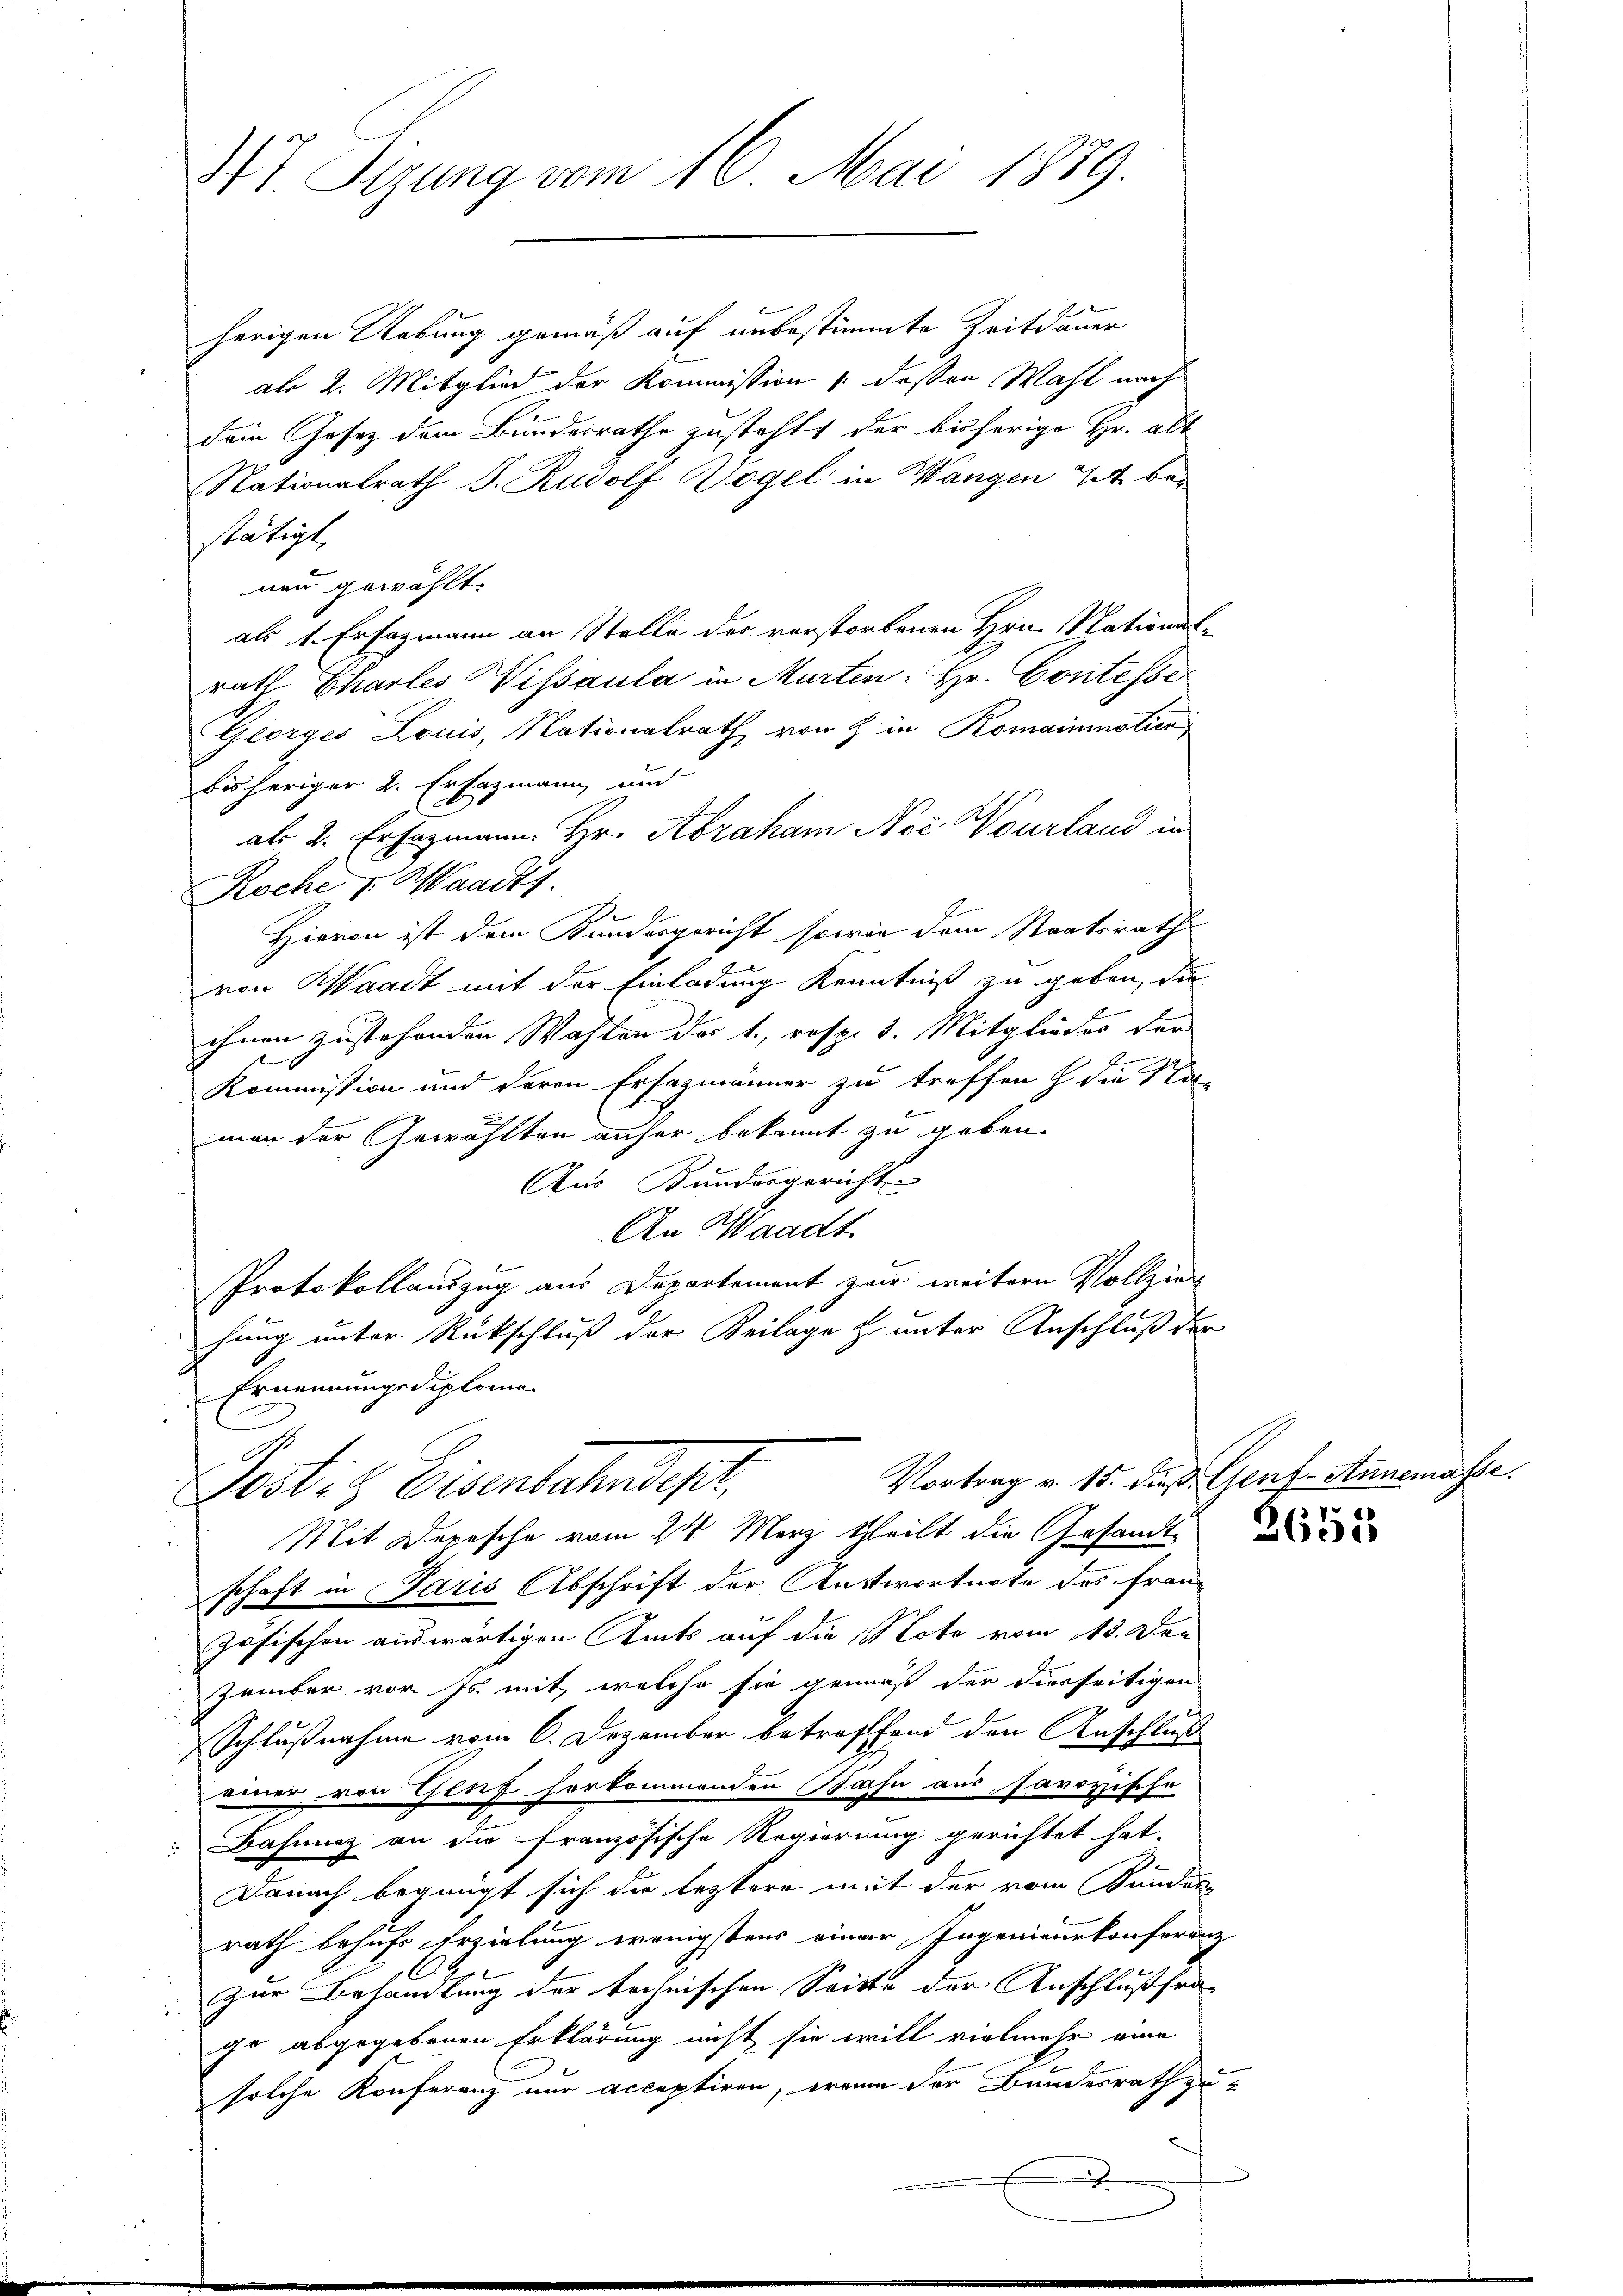
37. Sizung vom 16. Mai 1889.

herigen Uebung gemäß auf unbestimmte Zeitdauer
al 2. Mitglied der Kommission dessen Wahl nach
Dein Gesetz dem Bundesrathe zusteht, der bisherige Hr. alt
Stationalrath J. Rudolf Wogel in Wangen Tit. bei
stätigt,
nau gewählt.
als 1. Ersagmann an Stelle des verstorbenen Hrn. Nationalrath Thales Wissaula in Murten: Hr. Contesse
Georges Louis, Nationalrath von H. in Romainmotien
bisheriger 2. Erhozmann und
als 2. Erhozmann Hr. Abraham Nec Nourland in
Roche v. Waadts.
Hievon ist dem Kundesgericht sowie dem Staatsrath
.
von Waadt mit der Einladung Kenntniß zu geben, die
ihnen zustehenden Wahlen der 1., resp. 3. Mitglieder der
9
Kommission und deren Ersazmänner zu treffen die Na-
men der Gewählten anher bekannt zu geben.
Aus Kundesgericht
An Waadt.
Protokollauszug aus Departement zur weitern Vollzie
hung unter Rückschluß der Beilage & unter Anschluß der
Ernennungsdiploma
Vortrag v. 15. daß Genf-Annemasse.
Postes Eisenbahndepr
Mit Depesche vom 24. März theilt die Gesandt
schaft in Paris Abschrift der Antwortnote des Franz
zösischen auswärtigen Amts auf die Note vom 13. Den
zember vor. Js. mit, welche sie gemäß der diesseitigen
Schlußnahme vom 6. Dezember betreffend den Anschluß
einer von Genf herkommenden Bahn aus savoyische
Bahnung an die französische Regierung gerichtet hat.
Danach begnügt sich die leztere mit der vom Bunden
rath behufs Erzielung wenigstens einer Ingenieuekonferenz
zur Behandlung der technischen Seite der Anschlußfra-
ge abgegebenen Erklärung nicht sie will vielmehr eine
solche Konferenz nur acceptiren, wenn der Bundesrath zu¬